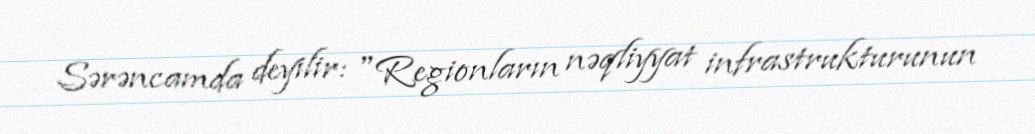
Sərəncamda deyilir: "Regionların nəqliyyat infrastrukturunun